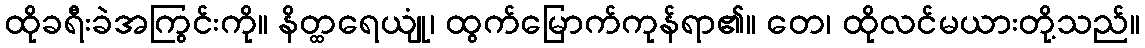
ထိုခရီးခဲအကြွင်းကို။ နိတ္ထရေယျုံ၊ ထွက်မြောက်ကုန်ရာ၏။ တေ၊ ထိုလင်မယားတို့သည်။